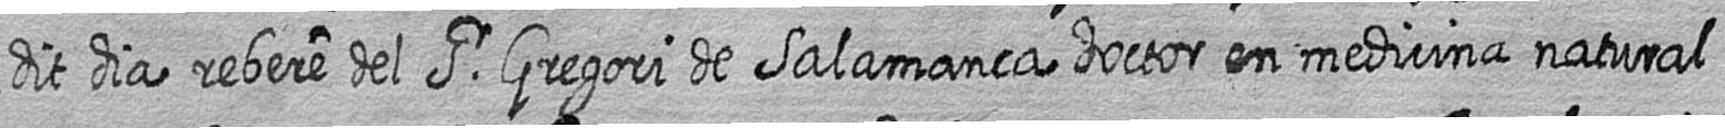
dit dia rebere del Sr Gregori de Salamanca doctor en medicina natural